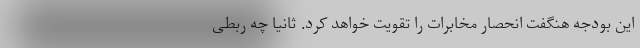
این بودجه هنگفت انحصار مخابرات را تقویت خواهد کرد. ثانیاً چه ربطی